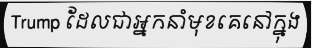
Trump ដែលជាអ្នកនាំមុខគេនៅក្នុង